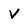
Character: v